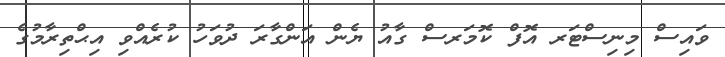
ވައިސް މިނިސްޓަރ އޮފް ކޮމަރސް ގާއު ޔެން އަންގާރަ ދުވަހު ކުރެއްވި އިޙްތިރާމުގެ